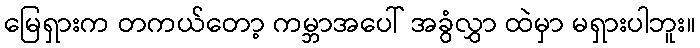
မြေရှားက တကယ်တော့ ကမ္ဘာအပေါ် အခွံလွှာ ထဲမှာ မရှားပါဘူး။